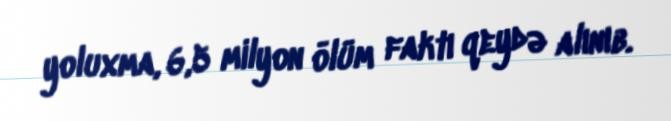
yoluxma, 6,5 milyon ölüm faktı qeydə alınıb.